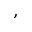
,